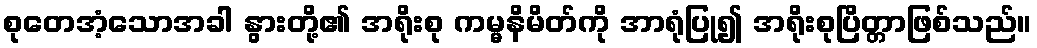
စုတေအံ့သောအခါ နွားတို့၏ အရိုးစု ကမ္မနိမိတ်ကို အာရုံပြု၍ အရိုးစုပြိတ္တာဖြစ်သည်။